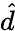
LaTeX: \hat{d}